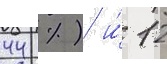
44 %) и́ 12